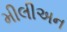
મીલીઅન